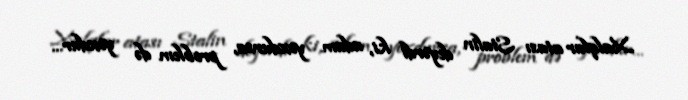
Xalqlar atası Stalin deyərdi ki, adam yoxdursa, problem də yoxdur…